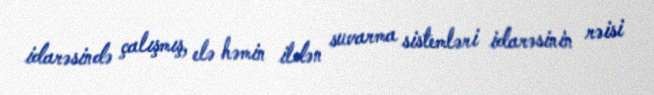
idarəsində çalışmış, elə həmin ildən suvarma sistemləri idarəsinin rəisi